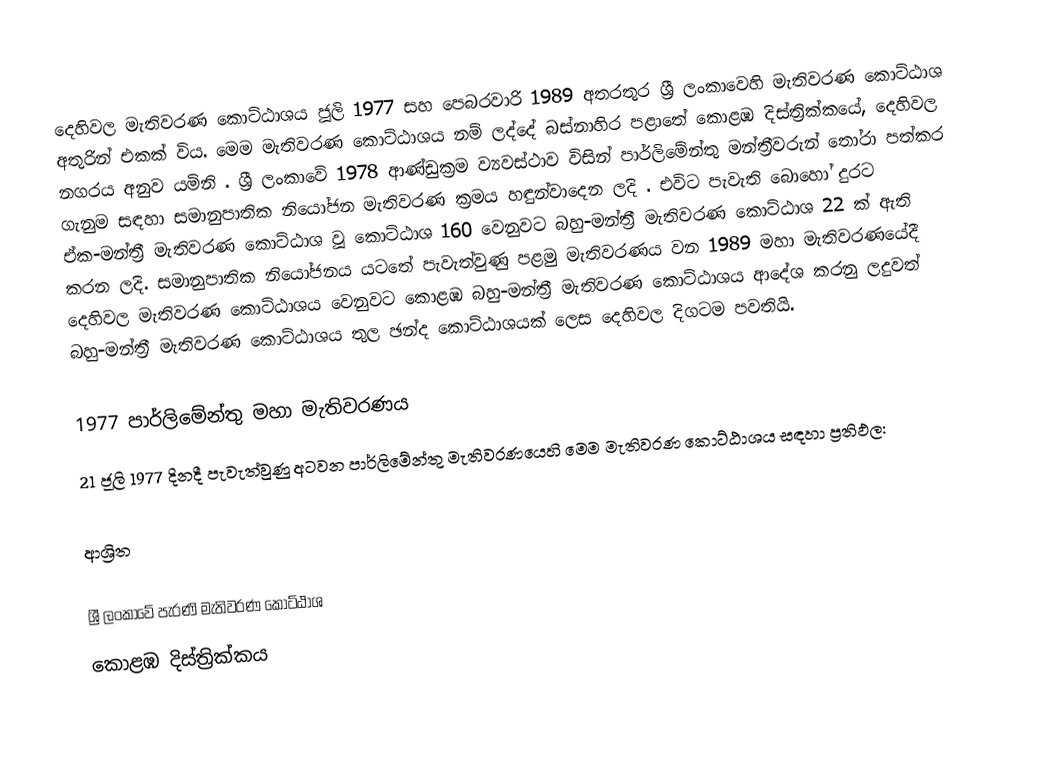
දෙහිවල  මැතිවරණ කොට්ඨාශය ජූලි 1977 සහ පෙබරවාරි 1989 අතරතුර  ශ්‍රී ලංකාවෙහි  මැතිවරණ කොට්ඨාශ අතුරින් එකක් විය. මෙම මැතිවරණ කොට්ඨාශය නම් ලද්දේ  බස්නාහිර පළාතේ  කොළඹ  දිස්ත්‍රික්කයේ,  දෙහිවල  නගරය අනුව යමිනි . ශ්‍රී ලංකාවේ 1978 ආණ්ඩුක්‍රම ව්‍යවස්ථාව විසින්   පාර්ලිමේන්තු මන්ත්‍රීවරුන් තෝරා පත්කර ගැනුම සඳහා සමානුපාතික නියෝජන මැතිවරණ ක්‍රමය හඳුන්වාදෙන ලදි . එවිට පැවැති බොහෝ දුරට  ඒක-මන්ත්‍රී මැතිවරණ කොට්ඨාශ වූ කොට්ඨාශ 160 වෙනුවට බහු-මන්ත්‍රී මැතිවරණ කොට්ඨාශ 22 ක් ඇති කරන ලදි. සමානුපාතික නියෝජනය යටතේ පැවැත්වුණු  පළමු මැතිවරණය වන 1989 මහා මැතිවරණයේදී  දෙහිවල  මැතිවරණ කොට්ඨාශය වෙනුවට  කොළඹ බහු-මන්ත්‍රී මැතිවරණ කොට්ඨාශය  ආදේශ කරනු ලදුවත් බහු-මන්ත්‍රී මැතිවරණ කොට්ඨාශය තුල ඡන්ද කොට්ඨාශයක් ලෙස දෙහිවල  දිගටම පවතියි.

1977 පාර්ලිමේන්තු මහා මැතිවරණය
21 ජූලි 1977 දිනදී පැවැත්වුණු   අටවන පාර්ලිමේන්තු මැතිවරණයෙහි මෙම මැතිවරණ කොට්ඨාශය සඳහා ප්‍රතිඵල:

ආශ්‍රිත

ශ්‍රී ලංකාවේ පැරණි මැතිවරණ කොට්ඨාශ
 කොළඹ දිස්ත්‍රික්කය